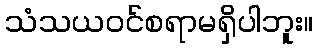
သံသယဝင်စရာမရှိပါဘူး။